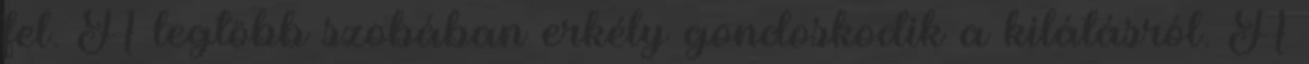
fel. A legtöbb szobában erkély gondoskodik a kilátásról. A